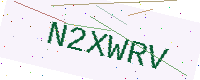
Text: N2XWRV